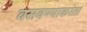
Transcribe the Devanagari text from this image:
बसवण्याकरता